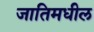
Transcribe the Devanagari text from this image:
जातिमधील